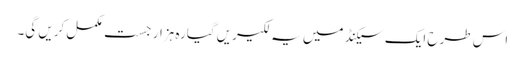
اس طرح ایک سیکنڈ میں یہ لکیریں گیارہ ہزار جست مکمل کریں گی۔